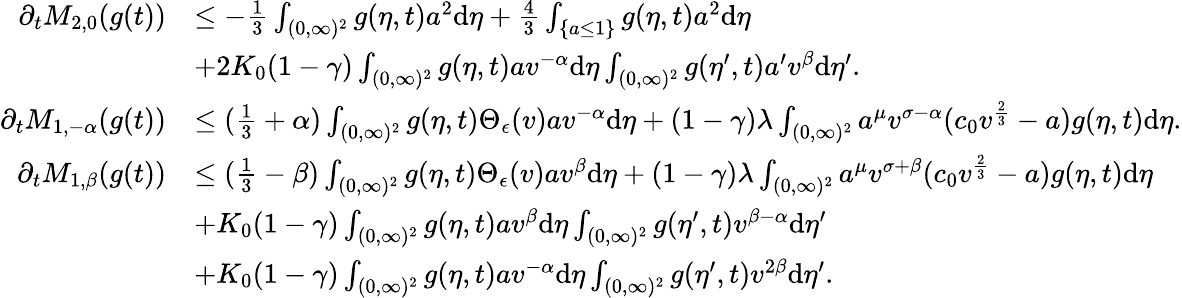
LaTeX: \begin{array}{rl}{\partial_{t}M_{2,0}(g(t))}&{\leq-\frac{1}{3}\int_{(0,\infty)^{2}}g(\eta,t)a^{2}\textup{d}\eta+\frac{4}{3}\int_{\{ a\leq 1\} }g(\eta,t)a^{2}\textup{d}\eta}\\ &{+2K_{0}(1-\gamma)\int_{(0,\infty)^{2}}g(\eta,t)av^{-\alpha}\textup{d}\eta\int_{(0,\infty)^{2}}g(\eta^{\prime},t)a^{\prime}v^{\beta}\textup{d}\eta^{\prime}.}\\ {\partial_{t}M_{1,-\alpha}(g(t))}&{\leq(\frac{1}{3}+\alpha)\int_{(0,\infty)^{2}}g(\eta,t)\Theta_{\epsilon}(v)av^{-\alpha}\textup{d}\eta+(1-\gamma)\lambda\int_{(0,\infty)^{2}}a^{\mu}v^{\sigma-\alpha}(c_{0}v^{\frac{2}{3}}-a)g(\eta,t)\textup{d}\eta.}\\ {\partial_{t}M_{1,\beta}(g(t))}&{\leq(\frac{1}{3}-\beta)\int_{(0,\infty)^{2}}g(\eta,t)\Theta_{\epsilon}(v)av^{\beta}\textup{d}\eta+(1-\gamma)\lambda\int_{(0,\infty)^{2}}a^{\mu}v^{\sigma+\beta}(c_{0}v^{\frac{2}{3}}-a)g(\eta,t)\textup{d}\eta}\\ &{+K_{0}(1-\gamma)\int_{(0,\infty)^{2}}g(\eta,t)av^{\beta}\textup{d}\eta\int_{(0,\infty)^{2}}g(\eta^{\prime},t)v^{\beta-\alpha}\textup{d}\eta^{\prime}}\\ &{+K_{0}(1-\gamma)\int_{(0,\infty)^{2}}g(\eta,t)av^{-\alpha}\textup{d}\eta\int_{(0,\infty)^{2}}g(\eta^{\prime},t)v^{2\beta}\textup{d}\eta^{\prime}.}\end{array}